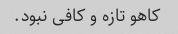
کاهو تازه و کافی نبود.